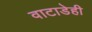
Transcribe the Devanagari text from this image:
वाटाडेही